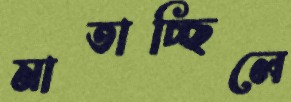
মাতাচ্ছিলে